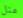
مثل